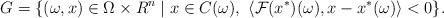
LaTeX: \begin{align*} G=\{(\omega,x)\in\Omega\times R^n \mid x\in C(\omega),~\langle\mathcal{F}(x^*)(\omega), x-x^*(\omega)\rangle<0\}.\end{align*}